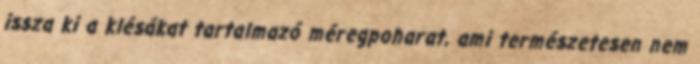
issza ki a klésákat tartalmazó méregpoharat, ami természetesen nem